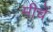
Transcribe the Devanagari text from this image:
मीचें